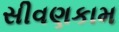
સીવણકામ